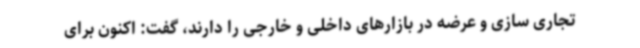
تجاری سازی و عرضه در بازارهای داخلی و خارجی را دارند، گفت: اکنون برای